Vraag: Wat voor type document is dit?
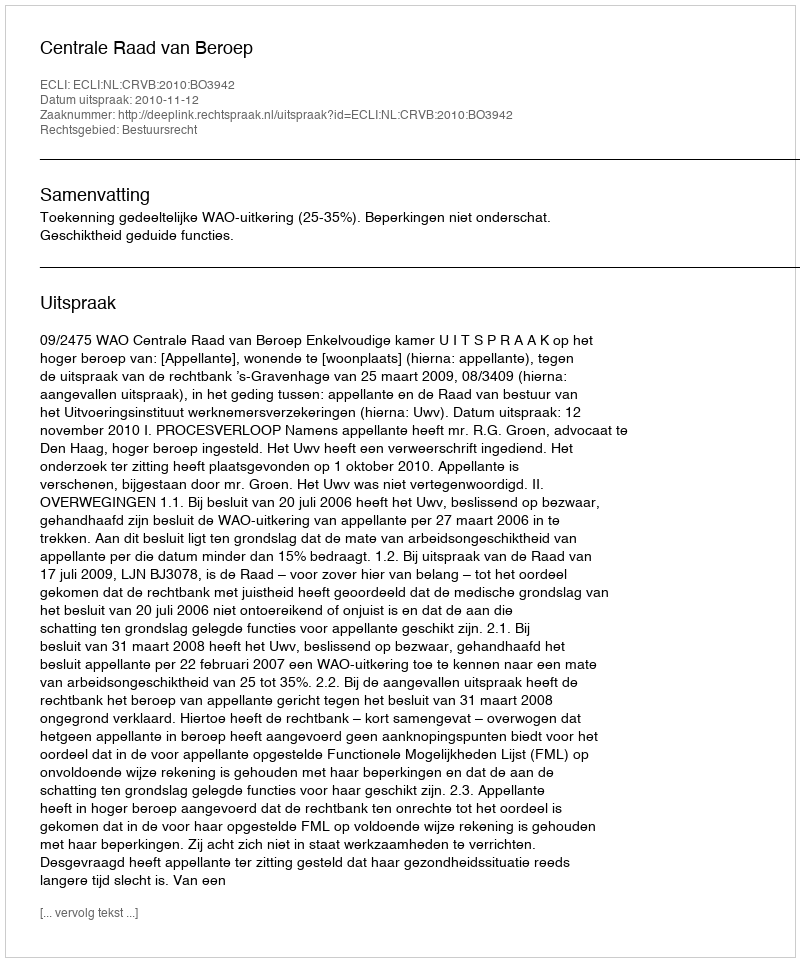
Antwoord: Uitspraak